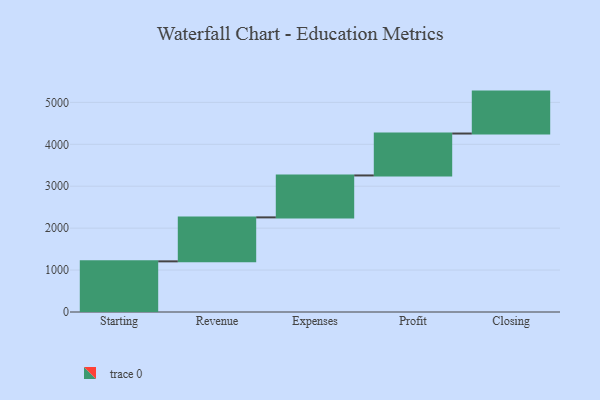
{"axis": {"x": "Step", "y": "Value"}, "legend": [""], "data": [{"x": "Starting", "y": 1208.0, "type": ""}, {"x": "Revenue", "y": 1049.0, "type": ""}, {"x": "Expenses", "y": 1000, "type": ""}, {"x": "Profit", "y": 1000, "type": ""}, {"x": "Closing", "y": 1000, "type": ""}]}